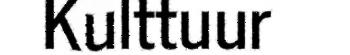
Kulttuur